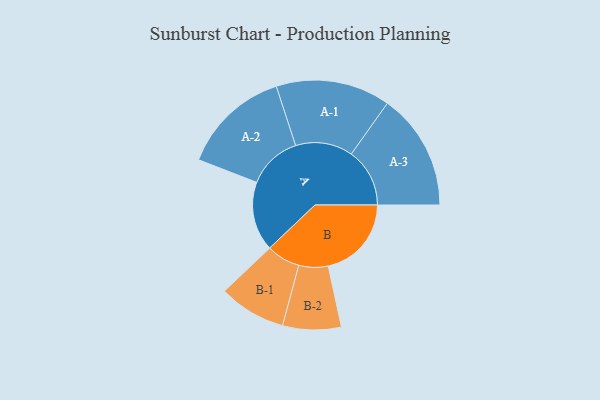
{"axis": {"x": "Segment", "y": "Value"}, "legend": ["", "A", "B"], "data": [{"x": "A", "y": 299, "type": ""}, {"x": "B", "y": 359, "type": ""}, {"x": "A-1", "y": 247, "type": "A"}, {"x": "A-2", "y": 234, "type": "A"}, {"x": "A-3", "y": 252, "type": "A"}, {"x": "B-1", "y": 145, "type": "B"}, {"x": "B-2", "y": 126, "type": "B"}]}